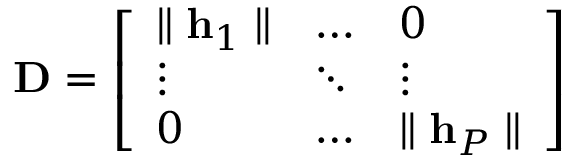
\mathbf { D } = \left[ \begin{array} { l l l } { \parallel \mathbf { h } _ { 1 } \parallel } & { \hdots } & { 0 } \\ { \vdots } & { \ddots } & { \vdots } \\ { 0 } & { \hdots } & { \parallel \mathbf { h } _ { P } \parallel } \end{array} \right]